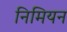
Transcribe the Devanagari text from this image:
निमियन